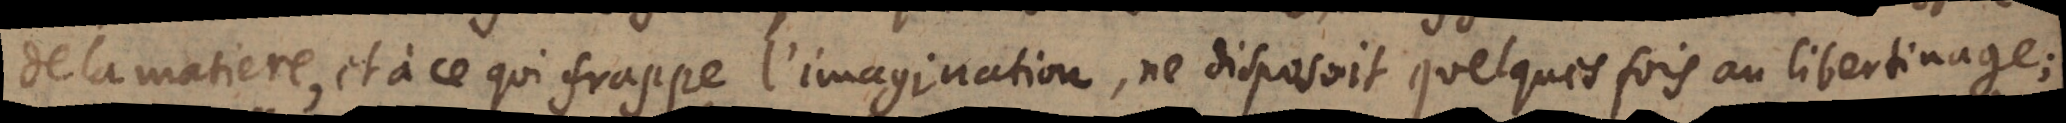
de la matiere, et à ce qui frappe l’imagination, ne disposoit quelques fois au libertinage;